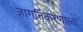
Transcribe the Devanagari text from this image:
जागतिकरणाला